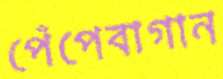
পেঁপেবাগান